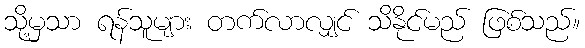
သို့မှသာ ရန်သူများ တက်လာလျှင် သိနိုင်မည် ဖြစ်သည်။